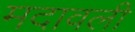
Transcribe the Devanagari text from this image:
मदावली